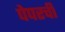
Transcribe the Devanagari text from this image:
पेपरची